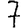
Digit: 7